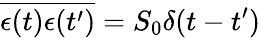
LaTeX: \overline{{\epsilon(t)\epsilon(t^{\prime})}}=S_{0}\delta(t-t^{\prime})